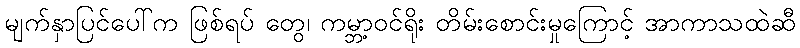
မျက်နှာပြင်ပေါ်က ဖြစ်ရပ် တွေ၊ ကမ္ဘာ့ဝင်ရိုး တိမ်းစောင်းမှုကြောင့် အာကာသထဲဆီ